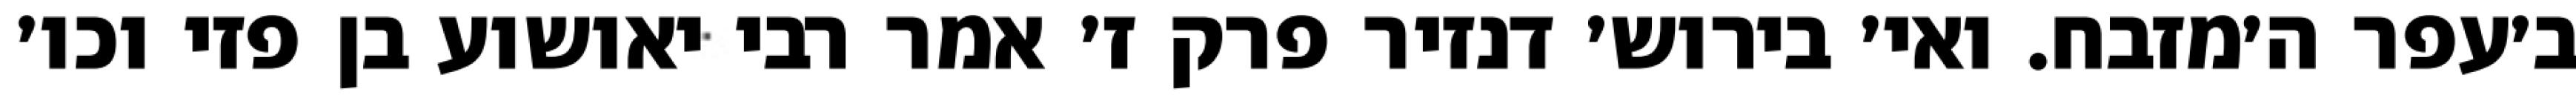
ב׳עפר ה׳מזבח. ואי׳ בירוש׳ דנזיר פרק ז׳ אמר רבי יאושוע בן פזי וכו׳